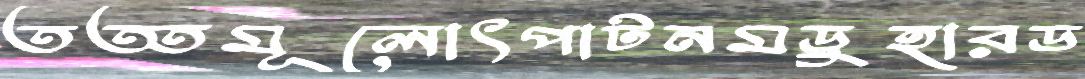
তত্তমূলোৎপাটনমডুহারড